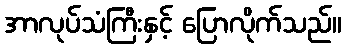
အာလုပ်သံကြီးနှင့် ပြောလိုက်သည်။